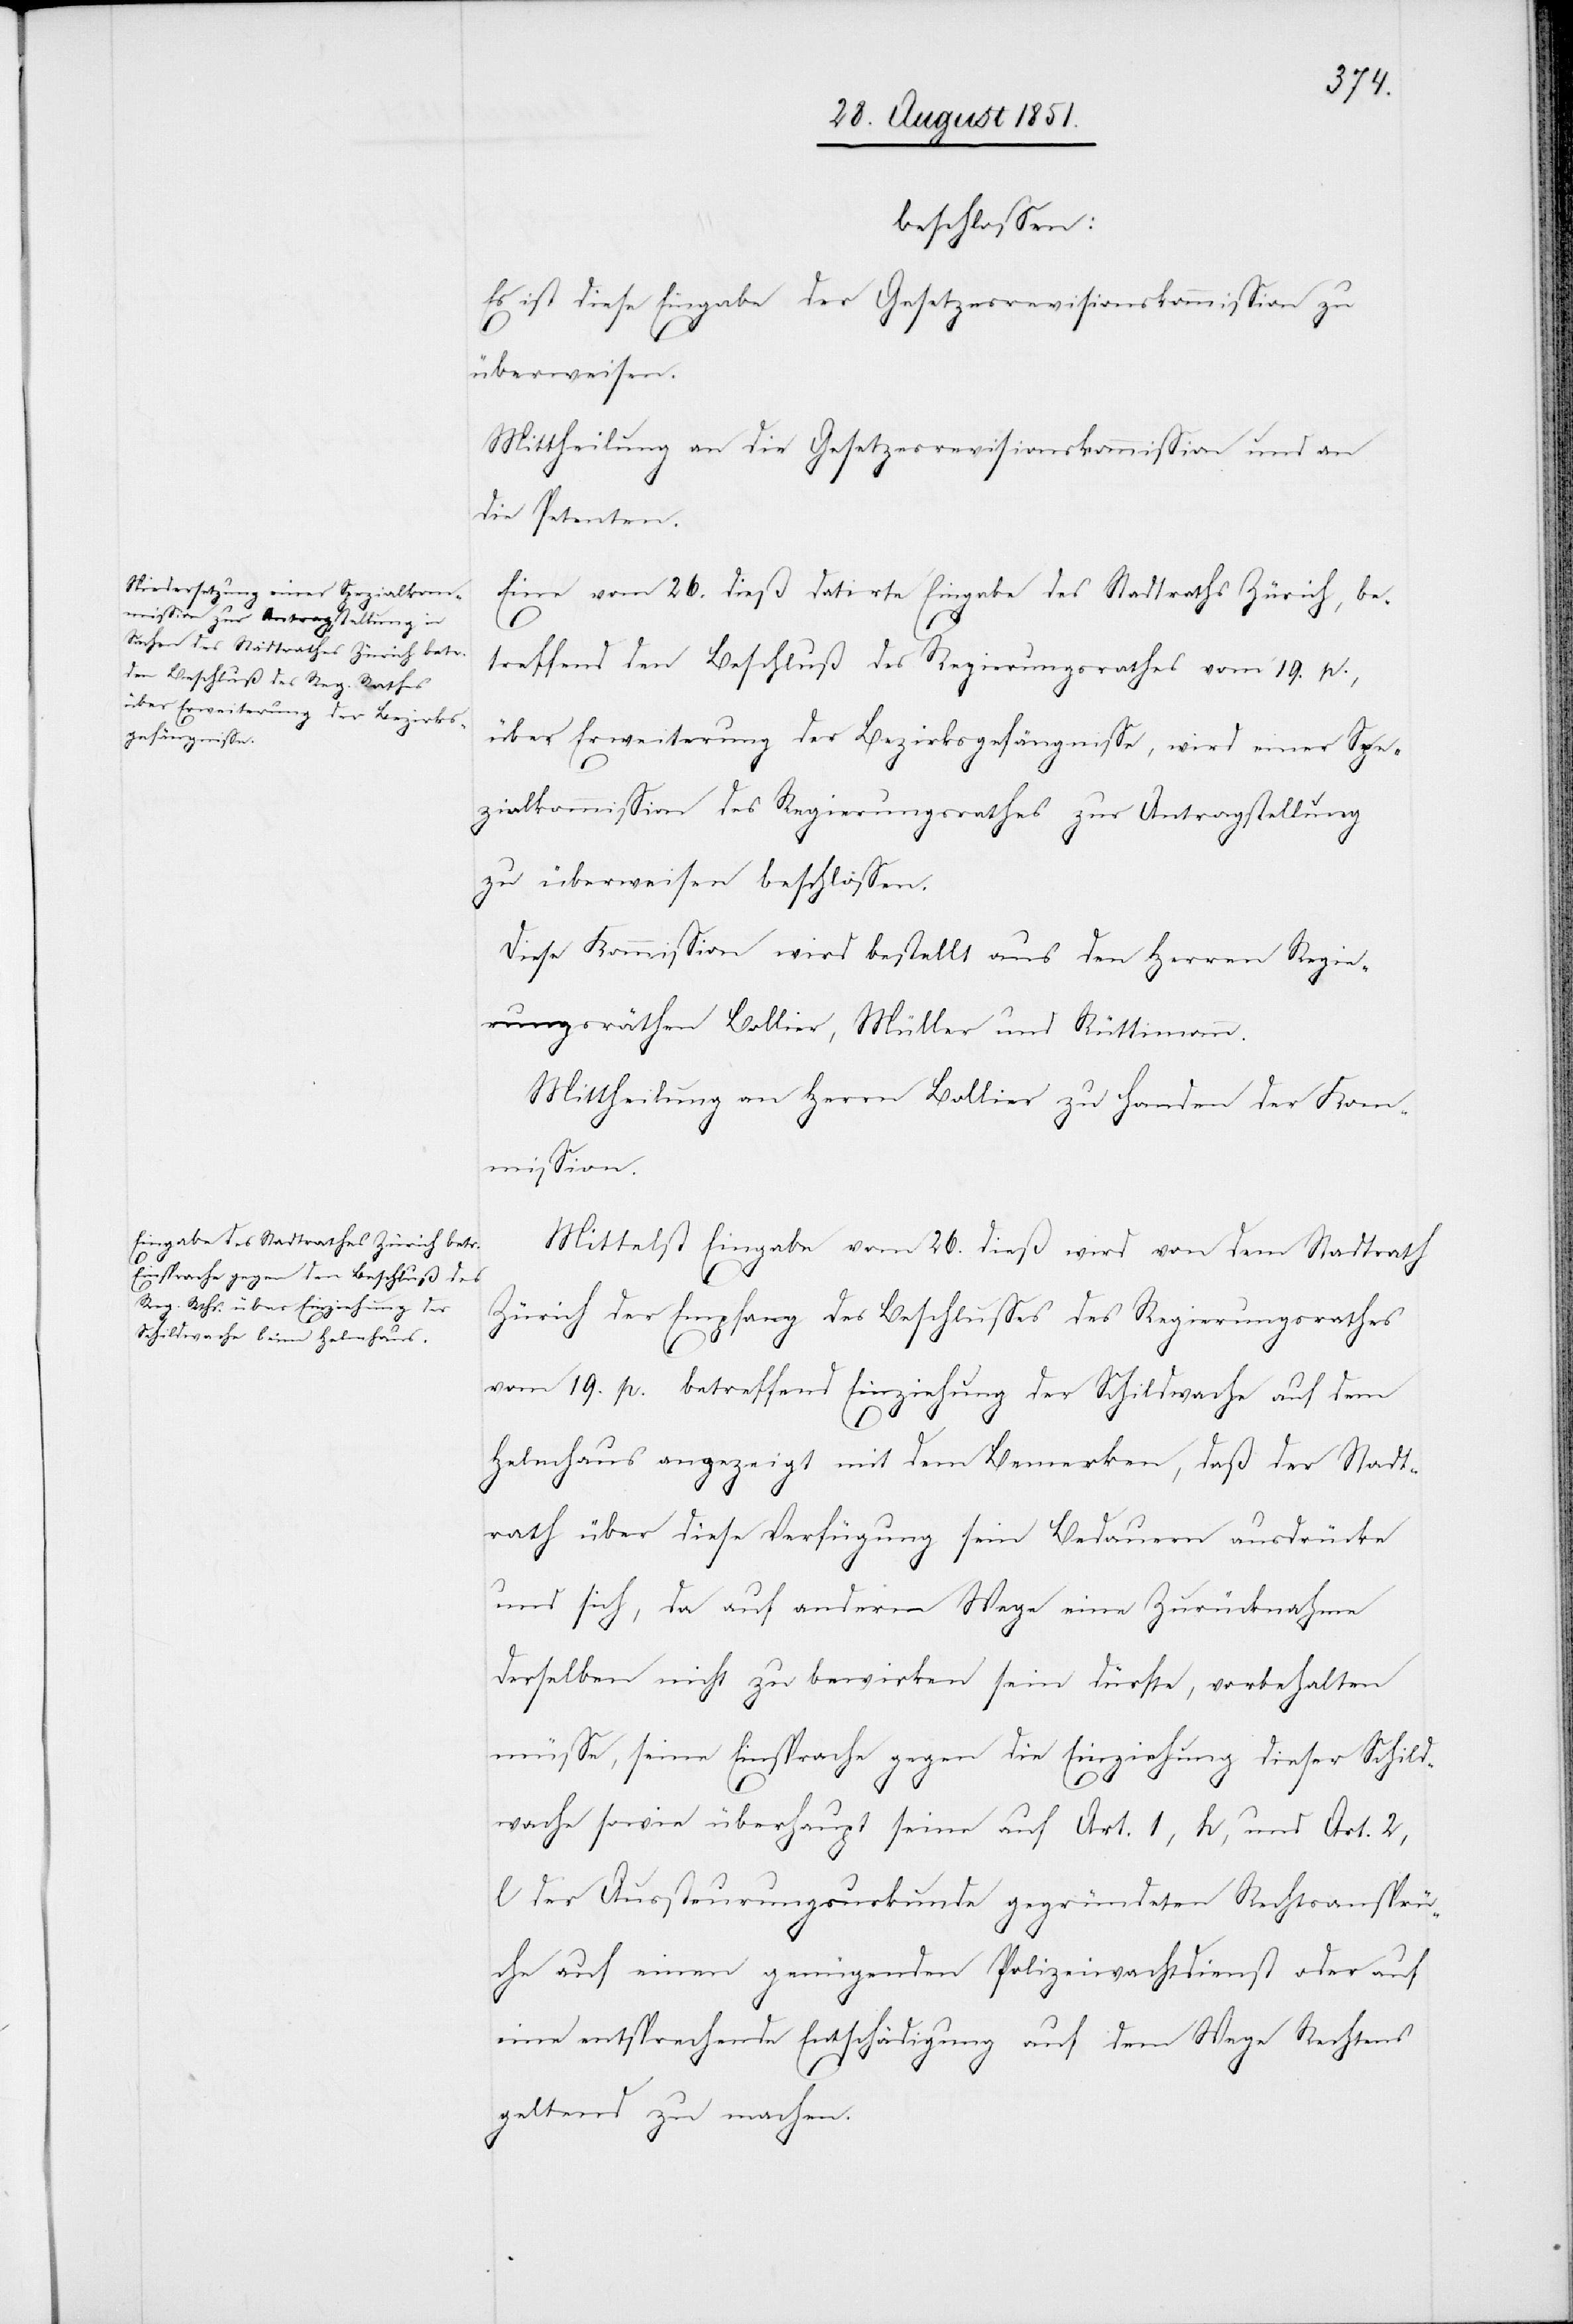
beschlossen:
Es ist diese Eingabe der Gesetzesrevisionskommission zu
überweisen.
Mittheilung an die Gesetzesrevisionskommission und an
die Petenten.
Eine vom 26. dieß datirte Eingabe des Stadtraths Zürich, be¬
treffend den Beschluß des Regierungsrathes vom 19. p.,
über Erweiterung der Bezirksgefängnisse, wird einer Spe¬
zialkommission des Regierungsrathes zur Antragstellung
zu überweisen beschlossen.
Diese Kommission wird bestellt aus den Herren Regie¬
rungsräthen Bollier, Müller und Rüttimann.
Mittheilung an Herrn Bollier zu Handen der Kom¬
mission.
Mittelst Eingabe vom 26. dieß wird von dem Stadtrath
Zürich der Empfang des Beschlusses des Regierungsrathes
vom 19. p. betreffend Einziehung der Schildwache auf dem
Helmhaus angezeigt mit dem Bemerken, daß der Stadt¬
rath über diese Verfügung sein Bedauern ausdrücke
und sich, da auf anderm Wege eine Zurücknahme
derselben nicht zu bewirken sein dürfte, vorbehalten
müsse, seine Einsprache gegen die Einziehung dieser Schild¬
wache sowie überhaupt seine auf Art. 1, h, und Art. 2,
l der Aussteurungsurkunde gegründeten Rechtsansprü¬
che auf einen genügenden Polizeiwachtdienst oder auf
eine entsprechende Entschädigung auf dem Wege Rechtens
geltend zu machen.